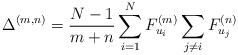
LaTeX: \begin{align*}\Delta^{(m,n)} = \frac{N-1}{m+n}\sum_{i=1}^N F_{u_i}^{(m)} \sum_{j \neq i} F_{u_j}^{(n)}\end{align*}